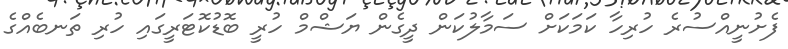
ފެށުނީއްސުރެ ހުރިހާ ކަމަކަށް ސަމާލުކަން ދީގެން ޔަޝްމް ހުރީ ބޮޑުކޮޓަރީގައި ހުރި ތަނބެއްގެ